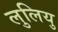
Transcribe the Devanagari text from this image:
लुलियु